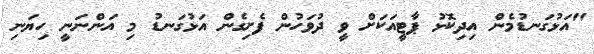
"އަޅުގަނޑުމެން އިދިކޮޅު ޕާޓީއަކަށް ވީ ދުވަހުން ފެށިގެން އަޅުގަނޑު މި އަންނަނީ ހިޔަނި